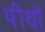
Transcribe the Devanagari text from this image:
पीथॉ